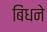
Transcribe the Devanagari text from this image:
बिंधने